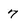
Character: 7